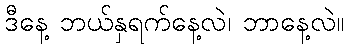
ဒီနေ့ ဘယ်နှရက်နေ့လဲ၊ ဘာနေ့လဲ။